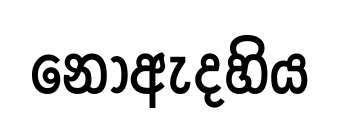
නොඇදහිය